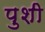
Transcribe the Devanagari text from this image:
पुशी